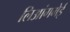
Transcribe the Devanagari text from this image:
लिआंगमेई